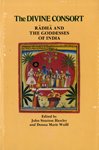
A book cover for The Divine Consort: Radha and the Goddesses of India; Religion & Spirituality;